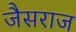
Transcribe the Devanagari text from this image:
जैसराज